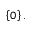
\left\{ 0 \right\} .